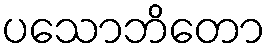
ပသောဘိတော